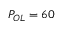
P _ { O L } = 6 0 ~ \